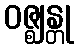
ဝဇ္ဈန္တု